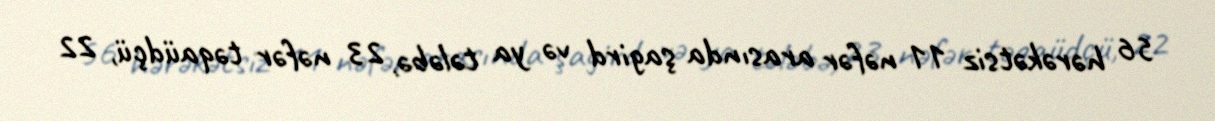
56 hərəkətsiz 11 nəfər arasında şagird və ya tələbə, 23 nəfər təqaüdçü, 22